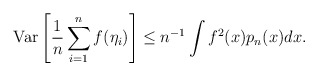
\begin{align*}\mathrm{Var}\left[\frac1n\sum_{i=1}^nf(\eta_i)\right] \leq n^{-1}\int f^2(x)p_{n}(x)dx.\end{align*}